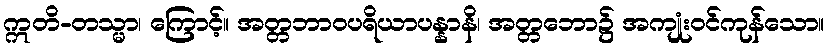
ဣတိ-တသ္မာ၊ ကြောင့်။ အတ္တဘာဝပရိယာပန္နာနိ၊ အတ္တဘော၌ အကျုံးဝင်ကုန်သော။